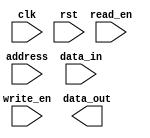
module SDRAM (
    input wire clk,
    input wire rst,
    input wire write_en,
    input wire read_en,
    input wire [11:0] address,
    input wire [31:0] data_in,
    output wire [31:0] data_out
);

// Control signals
reg write_enable;
reg read_enable;
reg [11:0] addr;
reg [31:0] data_in_reg;
reg [31:0] data_out_reg;

// State machine states
parameter IDLE = 2'b00;
parameter WRITE = 2'b01;
parameter READ = 2'b10;

reg [1:0] state;

always @(posedge clk or posedge rst) begin
    if (rst)
        state <= IDLE;
    else begin
        case(state)
            IDLE: begin
                if (write_en)
                    state <= WRITE;
                else if (read_en)
                    state <= READ;
            end
            WRITE: begin
                state <= IDLE;
            end
            READ: begin
                state <= IDLE;
            end
        endcase
    end
end

// Data path multiplexing
always @(posedge clk) begin
    if (state == WRITE)
        data_out_reg <= data_in_reg;
    else if (state == READ)
        data_out_reg <= data_out;
end

// Command decoding
always @(posedge clk) begin
    write_enable <= write_en;
    read_enable <= read_en;
    addr <= address;
    data_in_reg <= data_in;
end

// Refresh control logic
// Implement refresh logic here

// Burst mode operations
// Implement burst logic here

// Data transfer between SDRAM and FPGA
// Implement data transfer logic here

endmodule